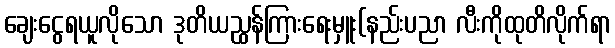
ချေးငွေရယူလိုသော ဒုတိယညွှန်ကြားရေးမှူး(နည်းပညာ လီးကိုထုတိလိုက်ရာ